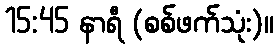
15:45 နာရီ (စစ်ဖက်သုံး)။